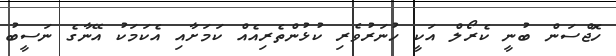
ހޮޖްސަން ބުނީ ކެރޯލް އަކީ ހުނަރުވެރި ކުޅުންތެރިއެއް ކަމަށާއި އެކަމަކު އޭނާގެ ނަސީބު